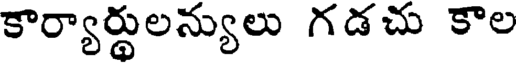
కార్యార్థులన్యులు గడచు కౌల